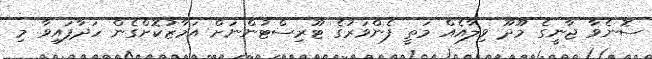
ސޮނެވާ ޖާނީގެ މޫދޫ ވިލާއެއް މަތީ ފެންވަރުގެ ޓޫރިސްޓުންނަށް އަމާޒުކޮށްގެން ހަދާފައިވާ މި